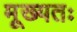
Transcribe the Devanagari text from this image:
मूख्यतः